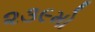
૨૩૯મો